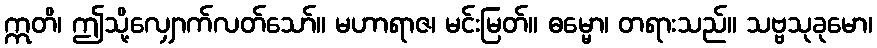
ဣတိ၊ ဤသို့လျှောက်လတ်သော်။ မဟာရာဇ၊ မင်းမြတ်။ ဓမ္မော၊ တရားသည်။ သဗ္ဗသုခုမော၊